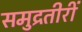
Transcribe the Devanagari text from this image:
समुद्रतीरीं